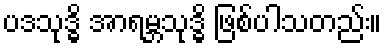
ပဒသုဒ္ဓိ အာရမ္ဘသုဒ္ဓိ ဖြစ်ပါသတည်း။